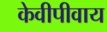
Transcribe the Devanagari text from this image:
केवीपीवाय